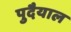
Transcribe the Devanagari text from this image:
पुदैयाल